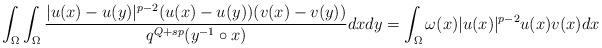
LaTeX: \begin{align*}\int_{\Omega}\int_{\Omega}\frac{|u(x)-u(y)|^{p-2}(u(x)-u(y))(v(x)-v(y))}{q^{Q+sp}(y^{-1}\circ x)}dxdy=\int_{\Omega}\omega(x)|u(x)|^{p-2}u(x)v(x)dx\end{align*}